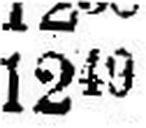
1249